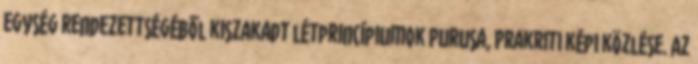
egység rendezettségéből kiszakadt létprincípiumok Purusa, Prakriti képi közlése. Az